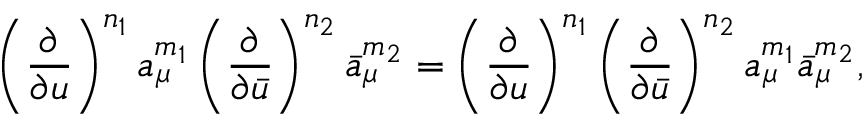
\left( \frac { \partial } { \partial u } \right) ^ { n _ { 1 } } a _ { \mu } ^ { m _ { 1 } } \left( \frac { \partial } { \partial \bar { u } } \right) ^ { n _ { 2 } } \bar { a } _ { \mu } ^ { m _ { 2 } } = \left( \frac { \partial } { \partial u } \right) ^ { n _ { 1 } } \left( \frac { \partial } { \partial \bar { u } } \right) ^ { n _ { 2 } } a _ { \mu } ^ { m _ { 1 } } \bar { a } _ { \mu } ^ { m _ { 2 } } ,